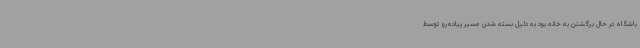
باشگاه در حال برگشتن به خانه بود به دلیل بسته شدن مسیر پیاده‌رو توسط